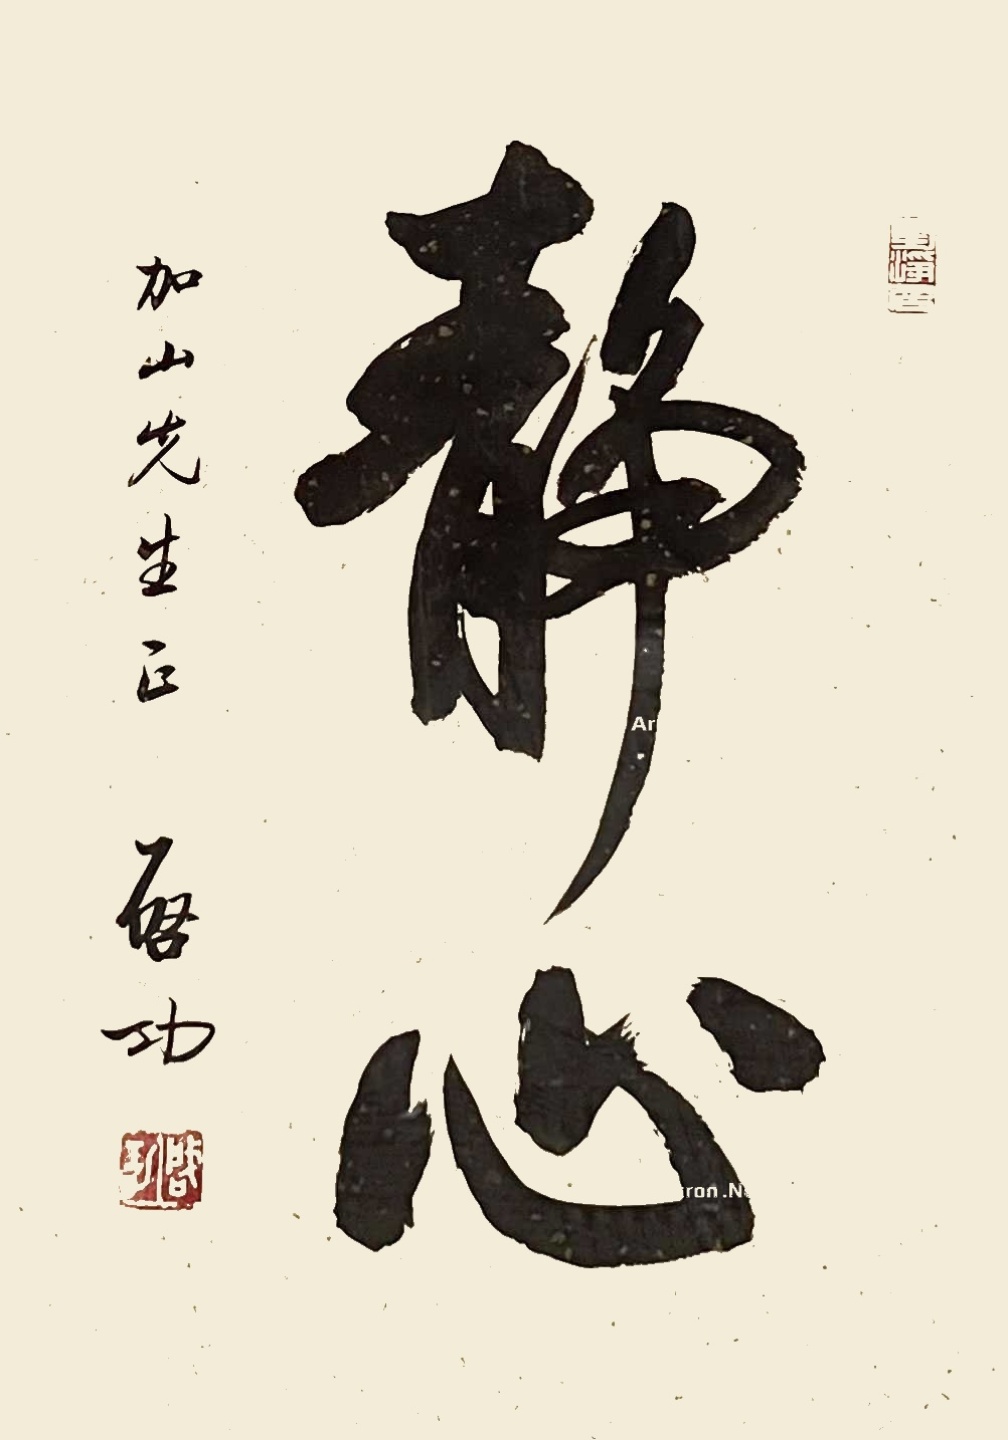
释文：静心一九八五年夏日，启功。